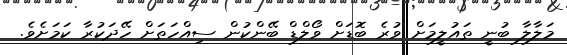
މަލާލާ ބުނީ ތައުލީމަށް ވުރެ ބޮޑަށް ވޯލްޑް ބޭންކުން ސިއްހަތަށް ހޭދަކުރާ ކަމަށެވެ.